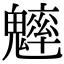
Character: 𩴐